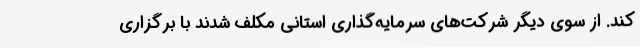
کند. از سوی دیگر شرکت‌های سرمایه‌گذاری استانی مکلف شدند با برگزاری